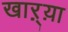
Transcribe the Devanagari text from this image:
खाऱ्य़ा